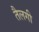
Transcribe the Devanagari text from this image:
तैलगी